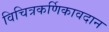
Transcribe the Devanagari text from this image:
विचित्रकर्णिकावदान